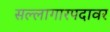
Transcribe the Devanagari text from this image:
सल्लागारपदावर